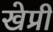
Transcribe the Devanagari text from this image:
खेप्री